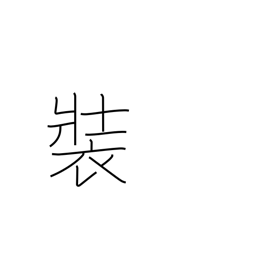
Meaning: profess